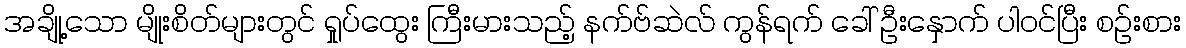
အချို့သော မျိုးစိတ်များတွင် ရှုပ်ထွေး ကြီးမားသည့် နက်ဗ်ဆဲလ် ကွန်ရက် ခေါ် ဦးနှောက် ပါဝင်ပြီး စဉ်းစား